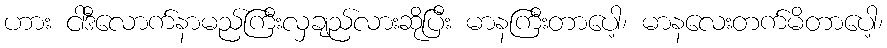
ဟား ငါဒီလောက်နာမည်ကြီးလှချည်လားဆိုပြီး မာနကြီးတာပေါ့၊ မာနလေးတက်မိတာပေါ့၊